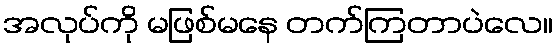
အလုပ်ကို မဖြစ်မနေ တက်ကြတာပဲလေ။